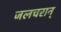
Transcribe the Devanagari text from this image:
जलचरान्